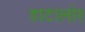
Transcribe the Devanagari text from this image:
डाटालोर